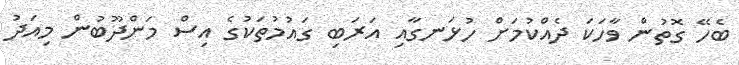
ބެހޭ ގޮތުން ވާހަކަ ދެއްކުމަށް ހުޅަނގާއި އަރަބި ގައުމުތަކުގެ އިސް މަންދޫބުން މިއަދު